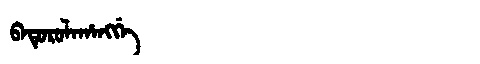
Manchu: ᠪᠠᡨᡠᡵᡠᠯᠠᡥᠠᠩᡤᡝ
Romanization: BATURULAHANGGE